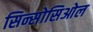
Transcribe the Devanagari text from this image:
सिन्सोसिओल